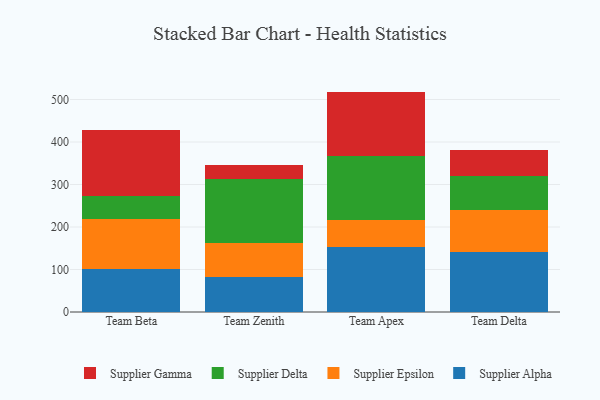
{"axis": {"x": "Team", "y": "Page Views"}, "legend": ["Supplier Alpha", "Supplier Delta", "Supplier Epsilon", "Supplier Gamma"], "data": [{"x": "Team Beta", "y": 101.2, "type": "Supplier Alpha"}, {"x": "Team Beta", "y": 118.8, "type": "Supplier Epsilon"}, {"x": "Team Beta", "y": 53.0, "type": "Supplier Delta"}, {"x": "Team Beta", "y": 155.1, "type": "Supplier Gamma"}, {"x": "Team Zenith", "y": 81.3, "type": "Supplier Alpha"}, {"x": "Team Zenith", "y": 81.3, "type": "Supplier Epsilon"}, {"x": "Team Zenith", "y": 149.6, "type": "Supplier Delta"}, {"x": "Team Zenith", "y": 33.8, "type": "Supplier Gamma"}, {"x": "Team Apex", "y": 153.5, "type": "Supplier Alpha"}, {"x": "Team Apex", "y": 62.8, "type": "Supplier Epsilon"}, {"x": "Team Apex", "y": 151.6, "type": "Supplier Delta"}, {"x": "Team Apex", "y": 150.7, "type": "Supplier Gamma"}, {"x": "Team Delta", "y": 142.1, "type": "Supplier Alpha"}, {"x": "Team Delta", "y": 98.2, "type": "Supplier Epsilon"}, {"x": "Team Delta", "y": 80.6, "type": "Supplier Delta"}, {"x": "Team Delta", "y": 59.6, "type": "Supplier Gamma"}]}